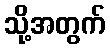
သို့အတွက်